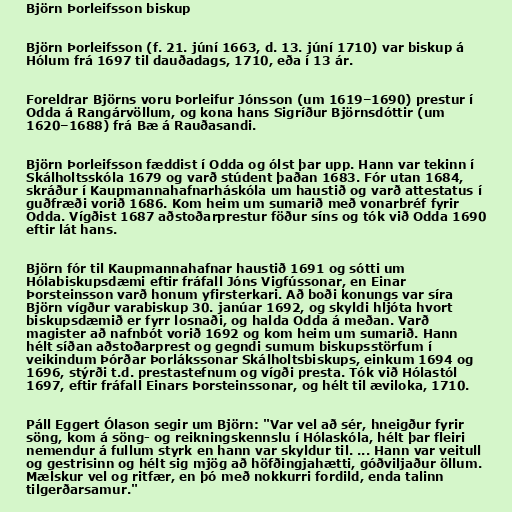
Björn Þorleifsson biskup

Björn Þorleifsson (f. 21. júní 1663, d. 13. júní 1710) var biskup á
Hólum frá 1697 til dauðadags, 1710, eða í 13 ár.

Foreldrar Björns voru Þorleifur Jónsson (um 1619–1690) prestur í
Odda á Rangárvöllum, og kona hans Sigríður Björnsdóttir (um
1620–1688) frá Bæ á Rauðasandi.

Björn Þorleifsson fæddist í Odda og ólst þar upp. Hann var tekinn í
Skálholtsskóla 1679 og varð stúdent þaðan 1683. Fór utan 1684,
skráður í Kaupmannahafnarháskóla um haustið og varð attestatus í
guðfræði vorið 1686. Kom heim um sumarið með vonarbréf fyrir
Odda. Vígðist 1687 aðstoðarprestur föður síns og tók við Odda 1690
eftir lát hans.

Björn fór til Kaupmannahafnar haustið 1691 og sótti um
Hólabiskupsdæmi eftir fráfall Jóns Vigfússonar, en Einar
Þorsteinsson varð honum yfirsterkari. Að boði konungs var síra
Björn vígður varabiskup 30. janúar 1692, og skyldi hljóta hvort
biskupsdæmið er fyrr losnaði, og halda Odda á meðan. Varð
magister að nafnbót vorið 1692 og kom heim um sumarið. Hann
hélt síðan aðstoðarprest og gegndi sumum biskupsstörfum í
veikindum Þórðar Þorlákssonar Skálholtsbiskups, einkum 1694 og
1696, stýrði t.d. prestastefnum og vígði presta. Tók við Hólastól
1697, eftir fráfall Einars Þorsteinssonar, og hélt til æviloka, 1710.

Páll Eggert Ólason segir um Björn: "Var vel að sér, hneigður fyrir
söng, kom á söng- og reikningskennslu í Hólaskóla, hélt þar fleiri
nemendur á fullum styrk en hann var skyldur til. ... Hann var veitull
og gestrisinn og hélt sig mjög að höfðingjahætti, góðviljaður öllum.
Mælskur vel og ritfær, en þó með nokkurri fordild, enda talinn
tilgerðarsamur."